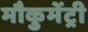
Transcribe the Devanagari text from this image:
मौकुमेंट्री